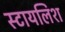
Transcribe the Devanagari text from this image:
स्टायलिश